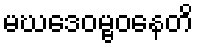
မဃဒေဝမ္ဗဝနေတိ